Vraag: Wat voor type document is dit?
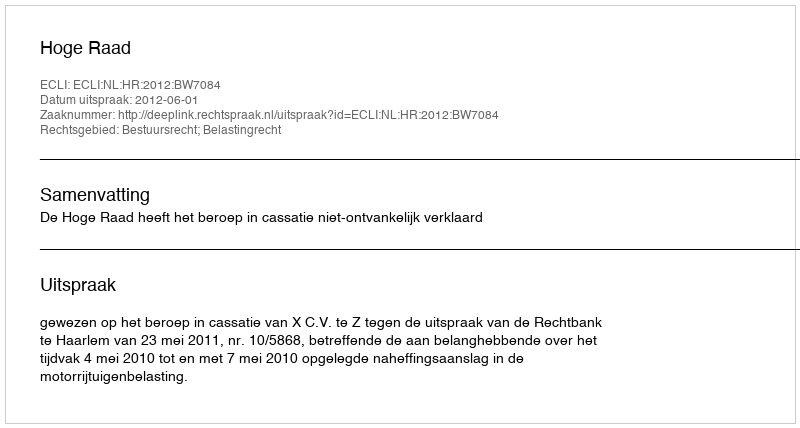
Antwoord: Uitspraak